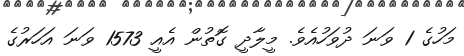
މަހުގެ 1 ވަނަ ދުވަހުއެވެ. މީލާދީ ގޮތުން އެއީ 1573 ވަނަ އަހަރުގެ